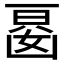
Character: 𭂾